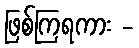
ဖြစ်ကြရကား -